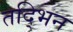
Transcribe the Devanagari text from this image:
तद्भिन